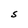
Character: S